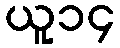
ယူ၁၄